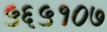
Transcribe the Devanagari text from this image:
५६५१०७